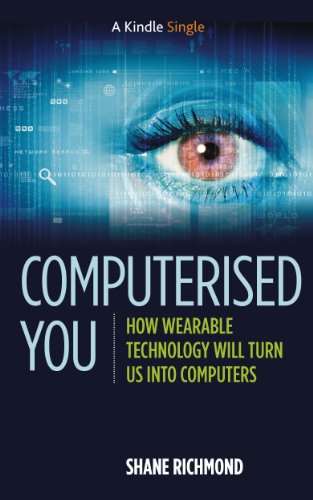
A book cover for Computerised You: How Wearable Technology Will Turn Us Into Computers (Kindle Single); Shane Richmond; Computers & Technology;